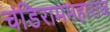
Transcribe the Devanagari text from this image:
चंडिराममहाराज